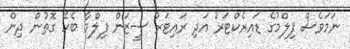
ނަމަވެސް ފިލްމުގެ ޑައިރެކްޓަރު އަދި ރައިޓަރު ސީޒަން ފިލްމާ ބެހޭ ގޮތުން ދިން